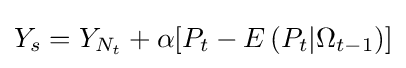
Y_{s}=Y_{N_{t}}+\alpha [P_{t}-E\left(P_{t}|\Omega _{t-1}\right)]